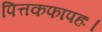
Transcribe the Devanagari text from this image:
पित्तकफापहः।